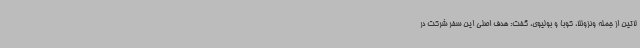
لاتین از جمله ونزوئلا، کوبا و بولیوی، گفت: هدف اصلی این سفر شرکت در